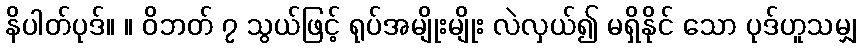
နိပါတ်ပုဒ်။ ။ ဝိဘတ် ၇ သွယ်ဖြင့် ရုပ်အမျိုးမျိုး လဲလှယ်၍ မရှိနိုင် သော ပုဒ်ဟူသမျှ